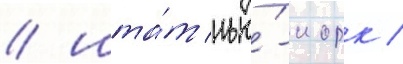
/ шта́т нью́-иорк /